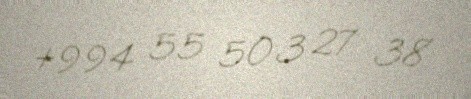
+994 55 503 27 38